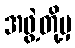
အဖွဲ့တို့မှ